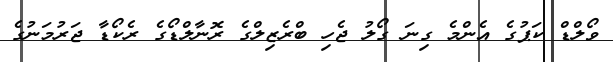
ވޯލްޑް ކަޕުގެ އެންމެ ގިނަ ގޯލު ޖެހި ބްރެޒިލްގެ ރޮނާލްޑޯގެ ރެކޯޑާ ޖަރުމަނުގެ